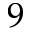
9